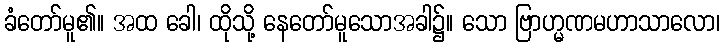
ခံတော်မူ၏။ အထ ခေါ၊ ထိုသို့ နေတော်မူသောအခါ၌။ သော ဗြာဟ္မဏမဟာသာလော၊